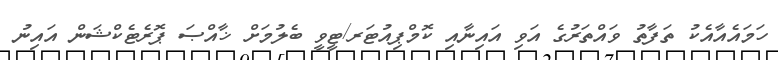
ހަމައެއާއެކު ތަފާތު ވައްތަރުގެ އަވި އައިނާއި ކޮމްޕިއުޓަރ/ޓީވީ ބެލުމަށް ޚާއްޞަ ޕޮރެޓެކްޝަން އައިނު